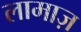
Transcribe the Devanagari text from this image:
लामाज़